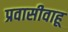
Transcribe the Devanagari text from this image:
प्रवासीवाहू